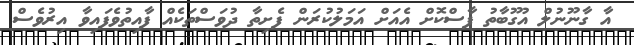
އާ ގާނޫނުލް އުގޫބާތު ފާސްކޮށް އެއަށް އަމަލުކުރަން ފެށިތާ ދުވަސްތަކެއް ފާއިތުވެފައިވާ އިރުވެސް